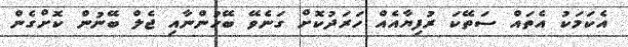
އެކަމަކު އެތައް ސަތޭކަ ރުފިޔާއެއް ހަރަދުކޮށް ގަނެވޭ ބޭހުންނާއި ޖެލް ބޭނުން ކޮށްގެން